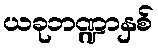
ယခုဘဏ္ဍာနှစ်